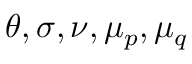
\theta , \sigma , \nu , \mu _ { p } , \mu _ { q }